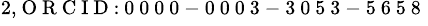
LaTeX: ^{2,\mathrm{~O~R~C~I~D~:~0~0~0~0~-~0~0~0~3~-~3~0~5~3~-~5~6~5~8~}}